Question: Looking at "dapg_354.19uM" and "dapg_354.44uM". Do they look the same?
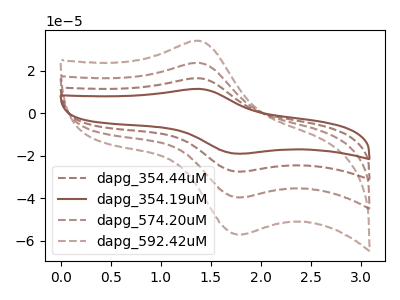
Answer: <think>The brown dashed curve "dapg_354.44uM" has an anodic peak at (1.40V, 16.35uA) and a cathodic peak at (1.80V, -27.45uA). The brown curve "dapg_354.19uM" has an anodic peak at (1.40V, 11.35uA) and a cathodic peak at (1.80V, -19.05uA). The brown dashed curve "dapg_574.20uM" has an anodic peak at (1.40V, 32.70uA) and a cathodic peak at (1.80V, -54.90uA). The brown dashed curve "dapg_592.42uM" has an anodic peak at (1.40V, 49.05uA) and a cathodic peak at (1.80V, -82.35uA).
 All the peaks in "dapg_354.19uM" have a peak in "dapg_354.44uM" at the same potential. Every peak in "dapg_354.19uM" is lower than every peak in "dapg_354.44uM".</think>
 <answer>"dapg_354.19uM" and "dapg_354.44uM" are similar in shape.</answer>
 <eval>same_shape</eval>